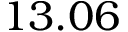
1 3 . 0 6